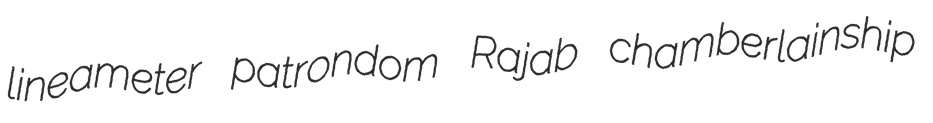
lineameter patrondom Rajab chamberlainship